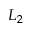
L _ { 2 }